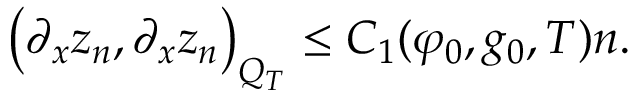
\left( \partial _ { x } z _ { n } , \partial _ { x } z _ { n } \right) _ { Q _ { T } } \leq C _ { 1 } ( \varphi _ { 0 } , g _ { 0 } , T ) n .